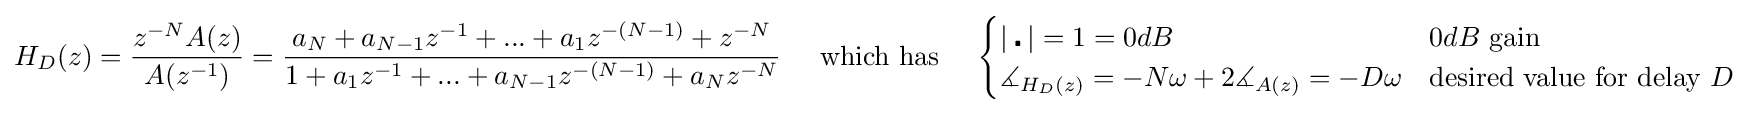
H_{D}(z)={z^{-N}A(z) \over {A(z^{-1})}}={a_{N}+a_{N-1}z^{-1}+...+a_{1}z^{-(N-1)}+z^{-N} \over {1+a_{1}z^{-1}+...+a_{N-1}z^{-(N-1)}+a_{N}z^{-N}}}\;\;\;\;\;{\text{which has}}\;\;\;\;\;{\begin{cases}|\centerdot |=1=0dB&0dB{\text{ gain}}\\\measuredangle _{H_{D}(z)}=-N\omega +2\measuredangle _{A(z)}=-D\omega &{\text{desired value for delay }}D\end{cases}}